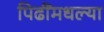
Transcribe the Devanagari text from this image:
पिढींमधल्या